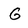
Character: G